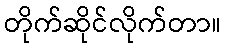
တိုက်ဆိုင်လိုက်တာ။